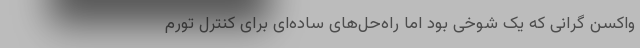
واکسن گرانی که یک شوخی بود اما راه‌حل‌های ساده‌ای برای کنترل تورم